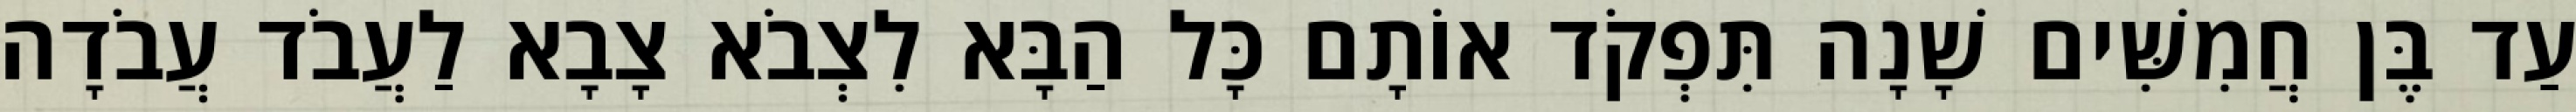
עַד בֶּן חֲמִשִּׁים שָׁנָה תִּפְקֹד אוֹתָם כָּל הַבָּא לִצְבֹא צָבָא לַעֲבֹד עֲבֹדָה